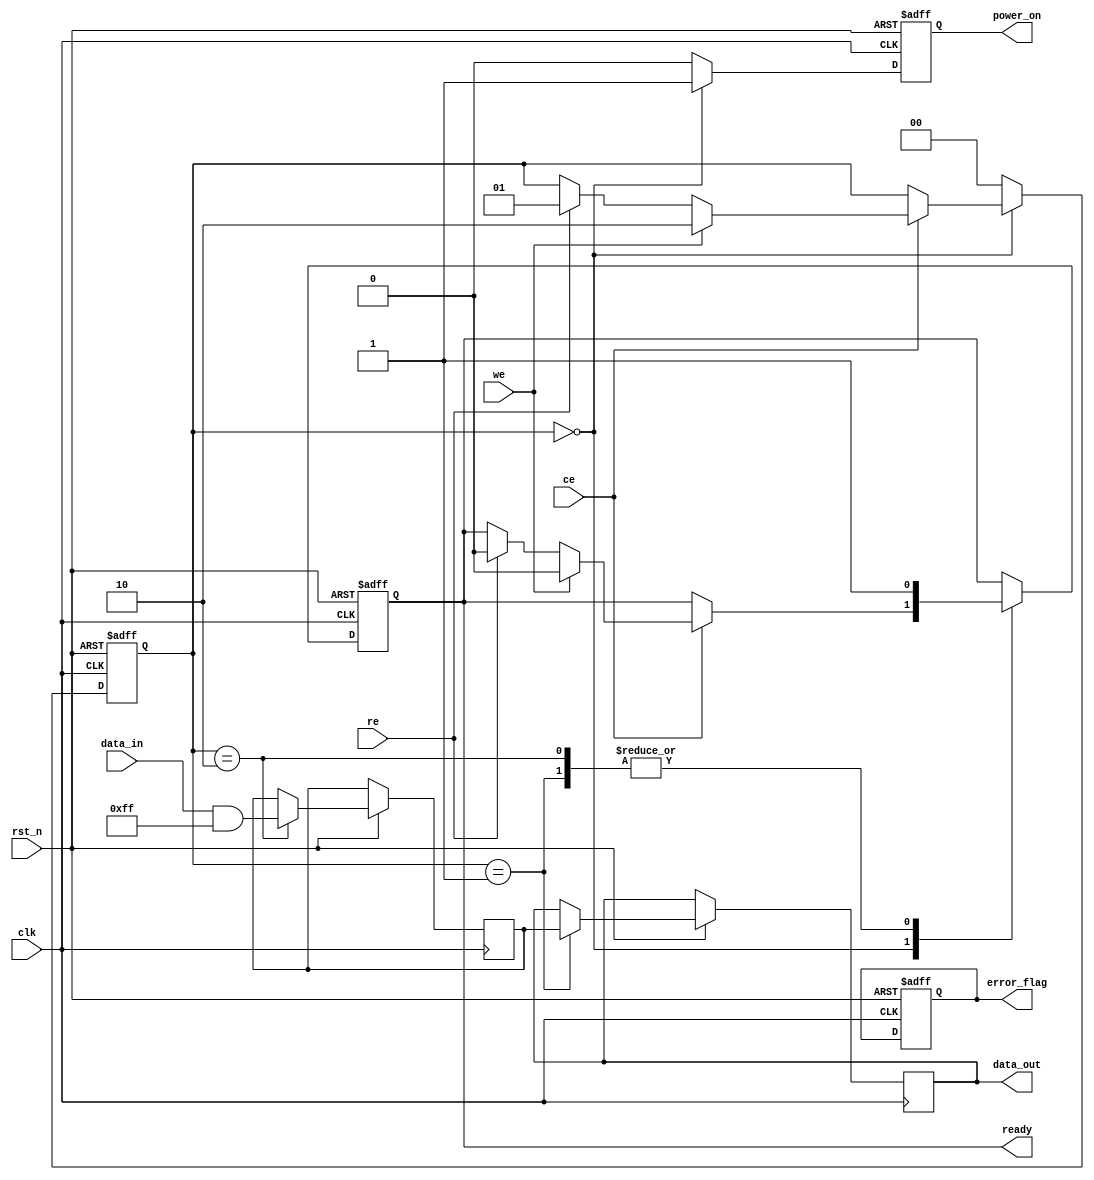
module io_block (
    input wire clk,
    input wire rst_n,
    
    // Control Signals
    input wire ce,  // Chip Enable
    input wire we,  // Write Enable
    input wire re,  // Read Enable
    
    // Data Interface
    input wire [7:0] data_in,  // Data input (8-bit)
    output reg [7:0] data_out,  // Data output (8-bit)
    
    // Status Register
    output reg ready,  // Ready status
    output reg error_flag,  // Error flag
    
    // Power Management
    output reg power_on  // Power management signal
);

// Internal signals
reg [7:0] data_latch;  // Data latch
reg [1:0] state;  // Operational state
reg [3:0] timing_counter;  // Timing control

// State encoding
localparam IDLE = 2'b00;
localparam READ = 2'b01;
localparam WRITE = 2'b10;
localparam ERASE = 2'b11;

// Voltage Level Shifter (simple example)
wire [7:0] level_shifted_data;
assign level_shifted_data = (data_in & 8'hFF);  // Example level shifting

// Timing Control Logic
always @(posedge clk or negedge rst_n) begin
    if (!rst_n) begin
        timing_counter <= 4'b0000;
        state <= IDLE;
        ready <= 1'b1;
        error_flag <= 1'b0;
    end else begin
        case (state)
            IDLE: begin
                if (ce) begin
                    if (we) begin
                        state <= WRITE;
                        ready <= 1'b0;
                    end else if (re) begin
                        state <= READ;
                        ready <= 1'b0;
                    end
                end
            end
            
            READ: begin
                data_out <= data_latch;  // Output data from latch
                ready <= 1'b1;  // Set ready after read
                state <= IDLE;  // Return to idle
            end
            
            WRITE: begin
                data_latch <= level_shifted_data;  // Latch the input data
                ready <= 1'b1;  // Set ready after write
                state <= IDLE;  // Return to idle
            end
            
            default: state <= IDLE;
        endcase
    end
end

// Error Correction Code (ECC) Interface (simplified)
always @(posedge clk) begin
    // Placeholder for ECC logic
    // Assume ECC checks are done here and error_flag is set accordingly
end

// Power Management Logic
always @(posedge clk or negedge rst_n) begin
    if (!rst_n) begin
        power_on <= 1'b0;  // Power off on reset
    end else begin
        // Example power management logic
        if (state == IDLE) begin
            power_on <= 1'b1;  // Power on when idle
        end else begin
            power_on <= 1'b0;  // Power off during active operations
        end
    end
end

endmodule